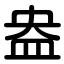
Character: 盎